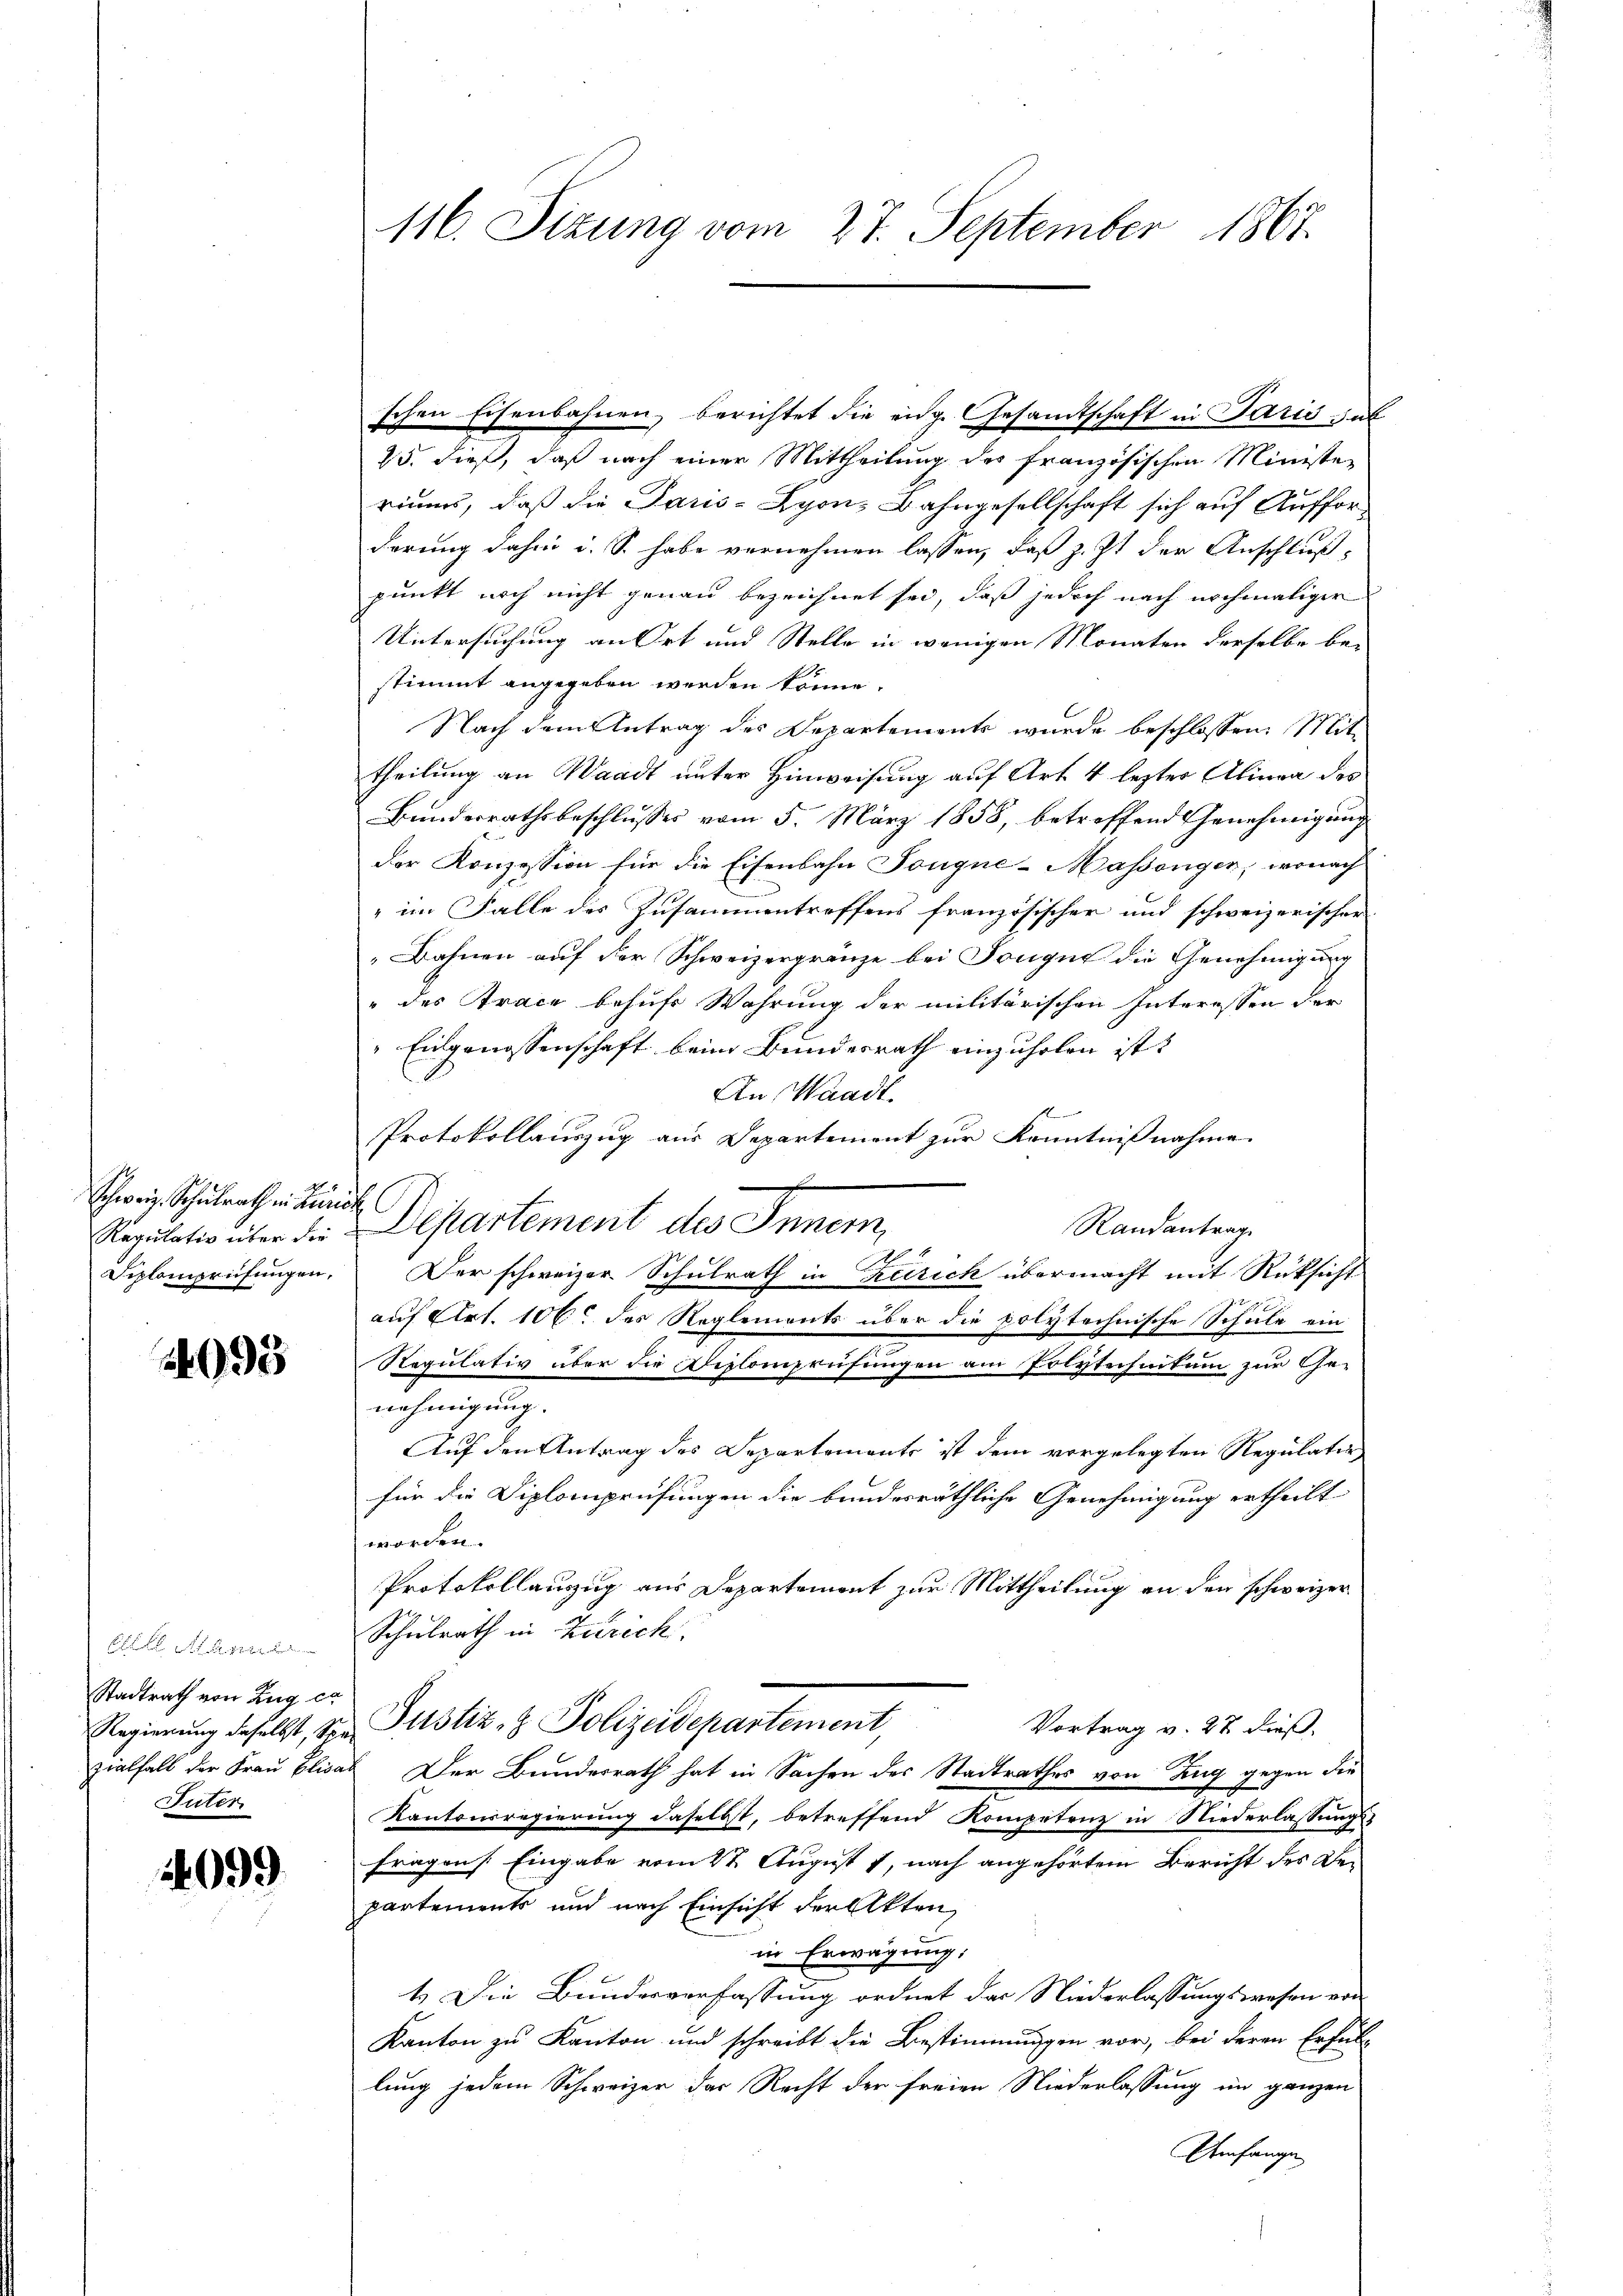
Schweiz. Schulrath in Lun
Regulativ über die
Diplomprüfungen,

2995

Stadtrath von Zug ca
Regierung deselbst, Spe
zialfall der Frau Elisa
Suter

1099

116. Sizung vom 27. September 1867.

schen Eisenbahnen, berichtet die eidg. Gesandtschaft in Paris sub
25. dieß, daß nach einer Mittheilung des französischen Ministe
riums, daß die Daus-Syon, Bahngesellschaft sich auf Aufforderung dahin u. S. habe vernehmen lassen, daß z. Zt. der Anschluß
punkt noch nicht genau bezeichnet sei, daß jedoch nach nochmaliger
Untersuchung an Ort und Stelle in wenigen Monaten derselbe be-
stimmt angegeben werden könne.
Nach dem Antrag des Departements wurde beschlossen: Mit
theilung an Waadt unter Hinweisung auf Art 4 lezter Alinea des
Bunderrathsbeschlusses vom 5. März 1858, betreffend Genehmigung
der Konzession für die Eisenbahn Tongue-Massenger, wonach
" im Falle des Zusammentreffens französischer und schweizerischer
Bahnen auf der Schweizergränze bei Tongue die Genehmigung
" des Trace behufe Wahrung der militärischen Interessen der
" Eingenossenschaft beim Bundesrath einzuholen ist.
An Waadt.

Protokollauszug aus Departement zur Kenntnißnahme
s
Departement des Innern,
Randantrag
Der schweizer Schulrath in Zürich übermacht mit Rüksicht
g
auf Art. 106 des Reglements über die polytechnische Schule ein
Regulativ über die Seelenprüfungen am Polytechnitum zur Ge-
nehmigung.
Auf den Antrag des Departemente ist dem vorgelegten Regulatio
für die Diplomprüfungen die bundesräthliche Genehmigung ertheilt
worden.
Protokollanzug aus Departement zur Mittheilung an den schweizer
Schulrath in Zürich.
Justiz- & Polizeidepartement
Vortrag v. 27 dieß,
Der Bundesrath hat in Sachen des Stadtrathes von Zug gegen die
Kantonsregierung daselbst, betreffend Kompetenz in Niederlassungsfragen /: Eingabe vom 2t August 1, nach angehörtem Bericht des Departements und nach Einsicht der Akten,
in Erwägung,
1.) Die Bundesverfassung ordnet das Niederlassungswesen von
Kanton zu Kanton und schreibt die Bestimmungen vor, bei deren Erfülllung jedem Schweizer das Recht der freien Niederlassung im ganzen
Umfange